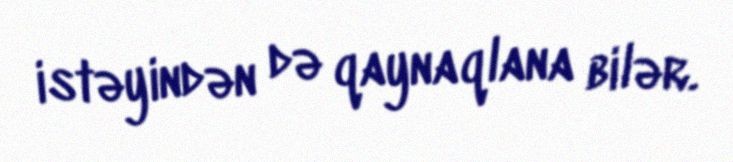
istəyindən də qaynaqlana bilər.